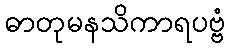
ဓာတုမနသိကာရပဗ္ဗံ